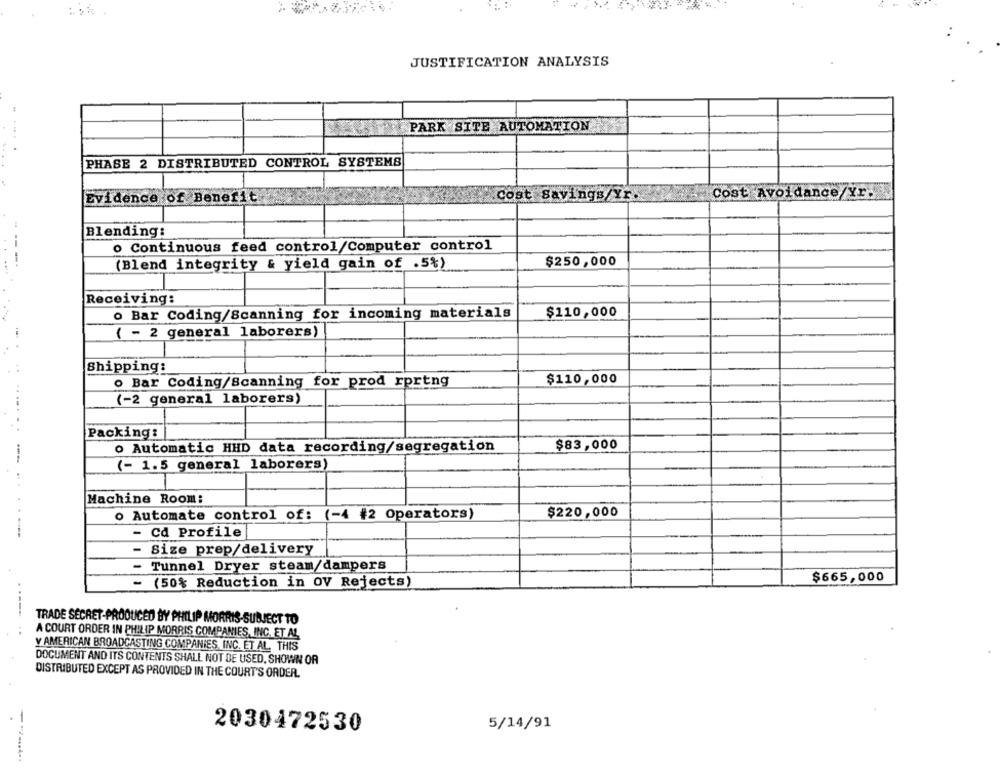
JUSTIFICATION ANALYSIS
....
PARK SITE AUTOMATION
PHASE 2 DISTRIBUTED CONTROL SYSTEMS
Cost Savings/Yr.
Cost Avoidance/Yr.
Evidence of Benefit
Blending:
o Continuous feed control/Computer control
(Blend integrity & yield gain of .5%)
$250,000
Receiving:
o Bar Coding/Scanning for incoming materials
$110,000
( - 2 general laborers)
Shipping:
$110,000
o Bar Coding/Scanning for prod rprtng
(-2 general laborers)
Packing:
o Automatic HHD data recording/segregation
$83,000
(- 1.5 general laborers)
Machine Room:
$220,000
o Automate control of:
(-4 #2 Operators)
- Cd Profile
- Size prep/delivery
- Tunnel Dryer steam/dampers
- (50% Reduction in OV Rejects)
$665,000
TRADE SECRET-PRODUCED BY PHILIP MORRIS-SUBJECT TO
A COURT ORDER IN PHILIP MORRIS COMPANIES, INC. ET AL
Y AMERICAN BROADCASTING COMPANIES, INC. ET AL. THIS
DOCUMENT AND ITS CONTENTS SHALL NOT BE USED, SHOWN OR
DISTRIBUTED EXCEPT AS PROVIDED IN THE COURT'S ORDER.
2030472530
5/14/91